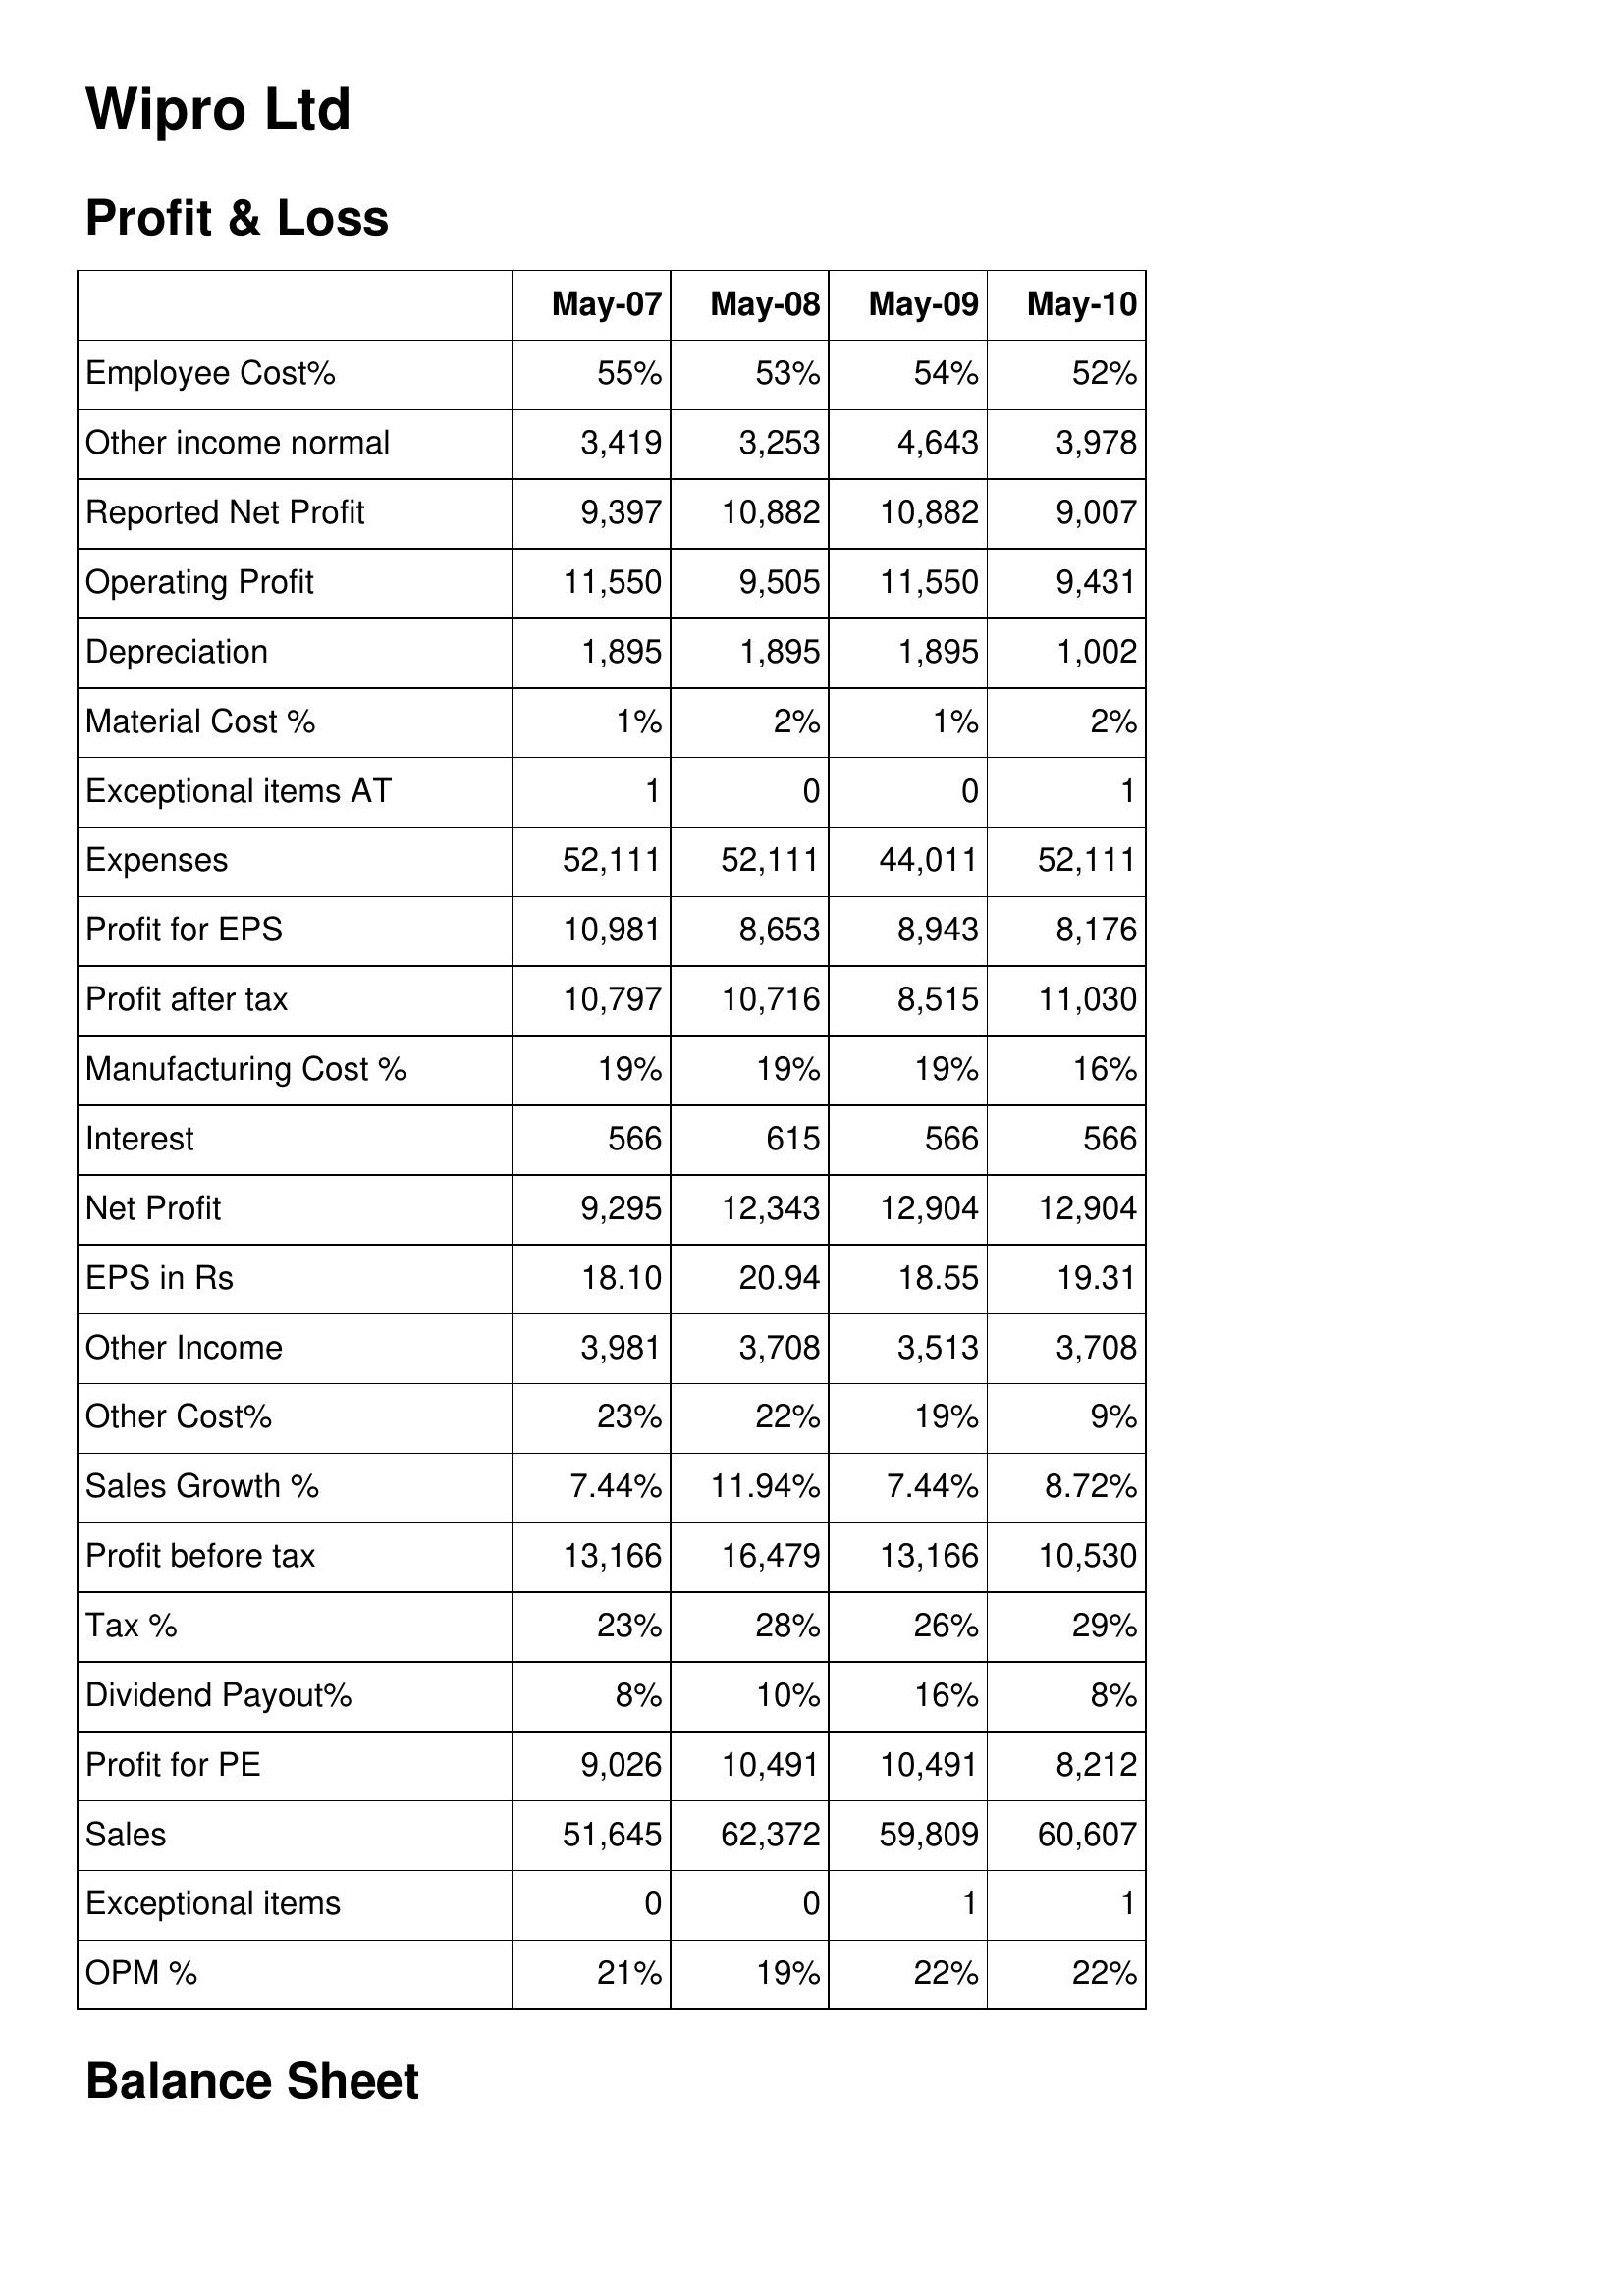
May-07: Profit & Loss: Employee Cost%: 55%
Other income normal: 3,419
Reported Net Profit: 9,397
Operating Profit: 11,550
Depreciation: 1,895
Material Cost %: 1%
Exceptional items AT: 1
Expenses: 52,111
Profit for EPS: 10,981
Profit after tax: 10,797
Manufacturing Cost %: 19%
Interest: 566
Net Profit: 9,295
EPS in Rs: 18.10
Other Income: 3,981
Other Cost%: 23%
Sales Growth %: 7.44%
Profit before tax: 13,166
Tax %: 23%
Dividend Payout%: 8%
Profit for PE: 9,026
Sales: 51,645
Exceptional items: 0
OPM %: 21%
May-08: Profit & Loss: Employee Cost%: 53%
Other income normal: 3,253
Reported Net Profit: 10,882
Operating Profit: 9,505
Depreciation: 1,895
Material Cost %: 2%
Exceptional items AT: 0
Expenses: 52,111
Profit for EPS: 8,653
Profit after tax: 10,716
Manufacturing Cost %: 19%
Interest: 615
Net Profit: 12,343
EPS in Rs: 20.94
Other Income: 3,708
Other Cost%: 22%
Sales Growth %: 11.94%
Profit before tax: 16,479
Tax %: 28%
Dividend Payout%: 10%
Profit for PE: 10,491
Sales: 62,372
Exceptional items: 0
OPM %: 19%
May-09: Profit & Loss: Employee Cost%: 54%
Other income normal: 4,643
Reported Net Profit: 10,882
Operating Profit: 11,550
Depreciation: 1,895
Material Cost %: 1%
Exceptional items AT: 0
Expenses: 44,011
Profit for EPS: 8,943
Profit after tax: 8,515
Manufacturing Cost %: 19%
Interest: 566
Net Profit: 12,904
EPS in Rs: 18.55
Other Income: 3,513
Other Cost%: 19%
Sales Growth %: 7.44%
Profit before tax: 13,166
Tax %: 26%
Dividend Payout%: 16%
Profit for PE: 10,491
Sales: 59,809
Exceptional items: 1
OPM %: 22%
May-10: Profit & Loss: Employee Cost%: 52%
Other income normal: 3,978
Reported Net Profit: 9,007
Operating Profit: 9,431
Depreciation: 1,002
Material Cost %: 2%
Exceptional items AT: 1
Expenses: 52,111
Profit for EPS: 8,176
Profit after tax: 11,030
Manufacturing Cost %: 16%
Interest: 566
Net Profit: 12,904
EPS in Rs: 19.31
Other Income: 3,708
Other Cost%: 9%
Sales Growth %: 8.72%
Profit before tax: 10,530
Tax %: 29%
Dividend Payout%: 8%
Profit for PE: 8,212
Sales: 60,607
Exceptional items: 1
OPM %: 22%